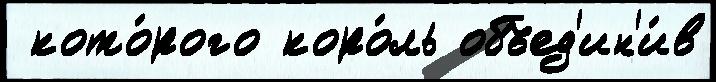
 кото́рого коро́ль объед'ин'и́в